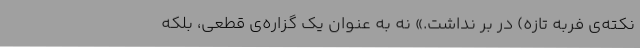
نکته‌ی فربه تازه) در بر نداشت.» نه به عنوان یک گزاره‌ی قطعی، بلکه